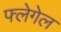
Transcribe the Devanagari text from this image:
फ्लेगेल